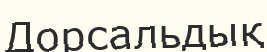
Дорсальдық